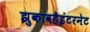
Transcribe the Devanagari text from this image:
झुकावहैइंटरनेट